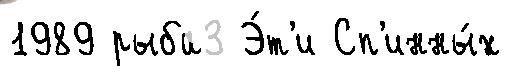
1989 рыба3 Э́т'и Сп'инны́х